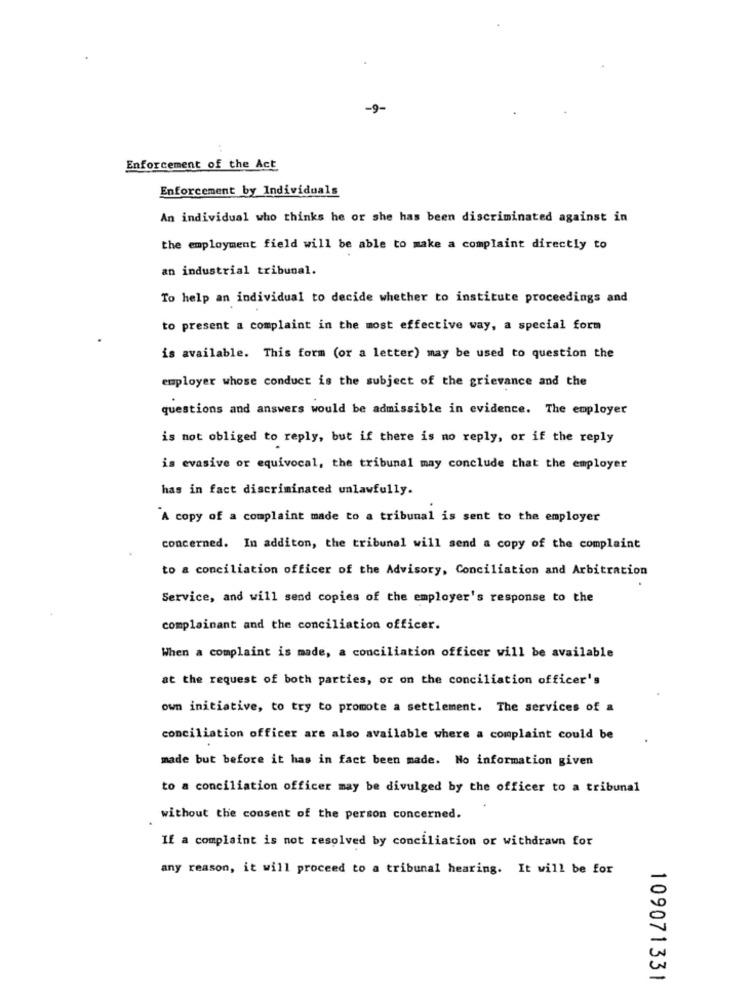
-9-
Enforcement of the Act
Enforcement by Individuals
An individual who thinks he or she has been discriminated against in
the employment field will be able to make a complaint directly to
an industrial tribunal.
To help an individual to decide whether to institute proceedings and
to present a complaint in the most effective way, a special form
is available. This form (or a letter) may be used to question the
employer whose conduct is the subject of the grievance and the
questions and answers would be admissible in evidence. The employer
is not obliged to reply, but if there is no reply, or if the reply
is evasive or equivocal, the tribunal may conclude that the employer
has in fact discriminated unlawfully.
A copy of a complaint made to a tribunal is sent to the employer
concerned. In additon, the tribunal will send a copy of the complaint
to a conciliation officer of the Advisory, Conciliation and Arbitration
Service, and will send copies of the employer's response to the
complainant and the conciliation officer.
When a complaint is made, a conciliation officer will be available
at the request of both parties, or on the conciliation officer's
own initiative, to try to promote a settlement. The services of a
conciliation officer are also available where a complaint could be
made but before it has in fact been made. No information given
to a conciliation officer may be divulged by the officer to a tribunal
without the consent of the person concerned.
If a complaint is not resolved by conciliation or withdrawn for
any reason, it will proceed to a tribunal hearing. It will be for
109071331